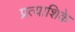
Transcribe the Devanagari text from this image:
प्रत्याशिके